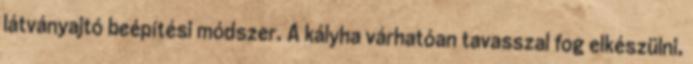
látványajtó beépítési módszer. A kályha várhatóan tavasszal fog elkészülni,